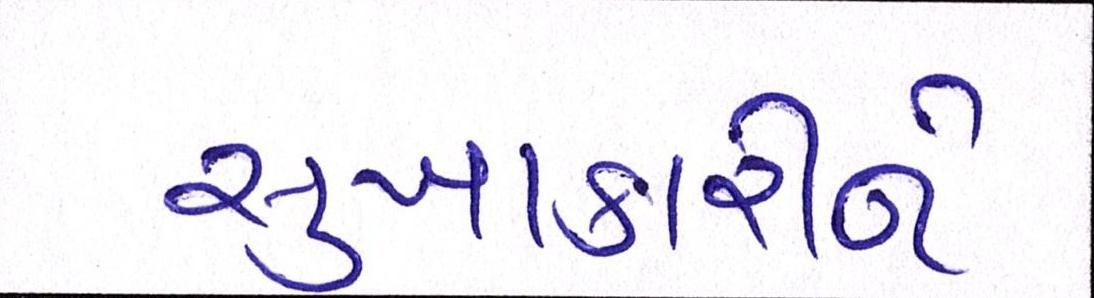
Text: સુખાકારીને